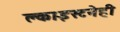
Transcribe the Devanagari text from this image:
क्लाइस्टनेही